Sketch of the medical history of the native army of Bombay, for the year
Year: 1875
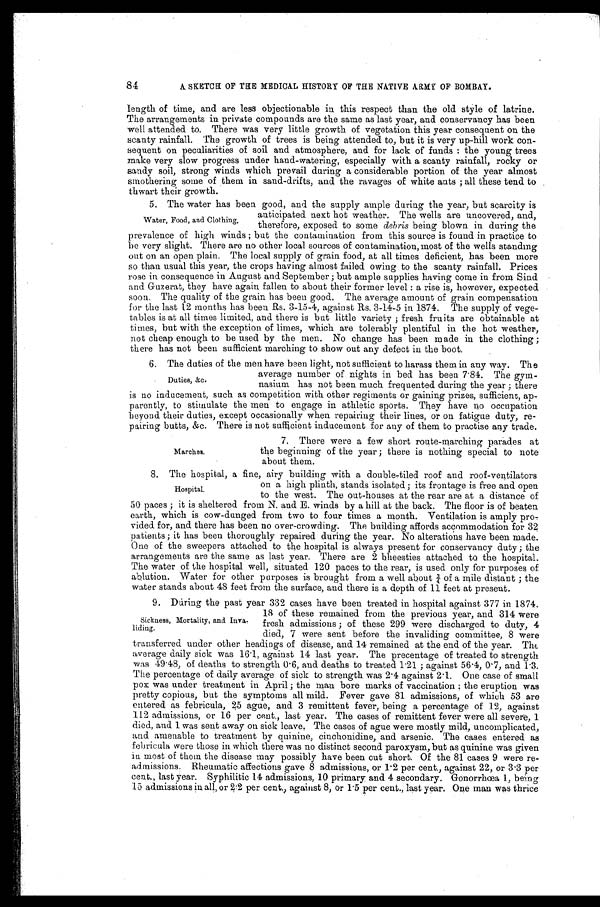
A SKETCH OF THE MEDICAL HISTORY OF THE NATIVE ARMY OF BOMBAY.
length of time, and are less objectionable in this respect than the old style of latrine.
The arrangements in private compounds are the same as last year, and conservancy has been
wel l at t ended t o. Ther e was ver y l i t t l e gr owt h of veget at i on t hi s year cons equent on t he
scanty rainfall. The growth of trees is being attended to, but it is very up-hill work con
-sequent on peculiarities of soil and atmosphere, and for lack of funds: the young trees
make very slow progress under hand-watering, especially with a scanty rainfall, rocky or
sandy soil, strong winds which prevail during a considerable portion of the year almost
smothering some of them in sand-drifts, and the ravages of white ants; all these tend to
thwart their growth.
5. The water has been good, and the supply ample during the year, but scarcity is
anticipated next hot weather. The wells are uncovered, and,
therefore, exposed to some debris being blown in during the
prevalence of high winds; but the contamination from this source is found in practice to
be very slight. There are no other local sources of contamination, most of the wells standing
out on an open plain. The local supply of grain food, at all times deficient, has been more
so than usual this year, the crops having almost failed owing to the scanty rainfall. Prices
rose in consequence in August and September; but ample supplies having come in from Sind
and Guzerat, they have again fallen to about their former level: a rise is, however, expected
soon. The quality of the grain has been good. The average amount of grain compensation
for the last 12 months has been Rs. 3-15-4, against Rs. 3-14-5 in 1874. The supply of vege
-tables is at all times limited, and there is but little variety; fresh fruits are obtainable at
times, but with the exception of limes, which are tolerably plentiful in the hot weather,
not cheap enough to be used by the men. No change has been made in the clothing;
there has not been sufficient marching to show out any defect in the boot.
6. The duties of the men have been light, not sufficient to harass them in any way. The
average number of nights in bed has been 7.84. The gym
-nasium has not been much frequented during the year; there
is no inducement, such as competition with other regiments or gaining prizes, sufficient, ap
-parently, to stimulate the men to engage in athletic sports. They have no occupation
beyond their duties, except occasionally when repairing their lines, or on fatigue duty, re
-pairing butts, &c. There is not sufficient inducement for any of them to practise any trade.
84
Water, Food, and Clothing.
Duties, &c.
Marches.
7. There were a few short route-marching parades at
the beginning of the year; there is nothing special to note
about them.
8. The hospital, a fine, airy building with a double-tiled roof and roof-ventilators
on a high plinth, stands isolated; its frontage is free and open
to the west. The out-houses at the rear are at a distance of
50 paces; it is sheltered from N. and E. winds by a hill at the back. The floor is of beaten
earth, which is cow-dunged from two to four times a month. Ventilation is amply pro
-vided for, and there has been no over-crowding. The building affords accommodation for 32
patients; it has been thoroughly repaired during the year. No alterations have been made.
One of the sweepers attached to the hospital is always present for conservancy duty; the
arrangements are the same as last year. There are 2 bheesties attached to the hospital.
The water of the hospital well, situated 120 paces to the rear, is used only for purposes of
ablution. Water for other purposes is brought from a well about ¾ of a mile distant; the
water stands about 48 feet from the surface, and there is a depth of 11 feet at present.
9. During the past year 332 cases have been treated in hospital against 377 in 1874.
18 of these remained from the previous year, and 314 were
fresh admissions; of these 299 were discharged to duty, 4
died, 7 were sent before the invaliding committee, 8 were
transferred under other headings of disease, and 14 remained at the end of the year. The
average daily sick was 16.1, against 14 last year. The precentage of treated to strength
was 49.48, of deaths to strength 0.6, and deaths to treated 1.21; against 56.4, 0.7, and 1.3.
The percentage of daily average of sick to strength was 2.4 against 2.1. One case of small
pox was under treatment in April; the man bore marks of vaccination: the eruption was
pretty copious, but the symptoms all mild. Fever gave 81 admissions, of which 53 are
entered as febricula, 25 ague, and 3 remittent fever, being a percentage of 12, against
112 admissions, or 16 per cent., last year. The cases of remittent fever were all severe, 1
died, and 1 was sent away on sick leave. The cases of ague were mostly mild, uncomplicated,
and amenable to treatment by quinine, cinchonidine, and arsenic. The cases entered as
febricula were those in which there was no distinct second paroxysm, but as quinine was given
in most of them the disease may possibly have been cut short. Of the 81 cases 9 were re
- a d m i s s i o n s . R h e u m a t i c a f f e c t i o n s g a v e 8 a d m i s s i o n s , o r 1 . 2 p e r c e n t . , a g a i n s t 2 2 , o r 3 . 3 p e r
cent., last year. Syphilitic 14 admissions, 10 primary and 4 secondary. Gonorrhœa I, being
15 admissions iu all, or 2.2 per cent., against 8, or 1.5 per cent., last year. One man was thrice
Hospital.
Sickness, Mortality, and Inva
-liding.